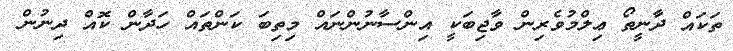
ތަކައް ދާނީތޯ ޢިލްމުވެރިން ވާޖިބަކީ އިންސާނުންނައް މިތިބަ ކަންތައް ހަދާން ކޮއް ދިނުން